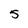
Character: 5